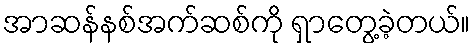
အာဆန်နစ်အက်ဆစ်ကို ရှာတွေ့ခဲ့တယ်။